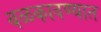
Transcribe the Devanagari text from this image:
बळकावण्यात